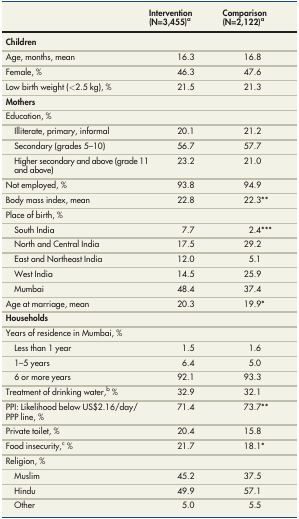
<table><thead><tr><td>[EMPTY_CELL]</td><td><b>Intervention (N=3,455)<sup>a</sup></b></td><td><b>Comparison (N=2,122)<sup>a</sup></b></td></tr></thead><tbody><tr><td><b>Children</b></td><td>[EMPTY_CELL]</td><td>[EMPTY_CELL]</td></tr><tr><td>Age, months, mean</td><td>16.3</td><td>16.8</td></tr><tr><td>Female, %</td><td>46.3</td><td>47.6</td></tr><tr><td>Low birth weight (&lt;2.5 kg), %</td><td>21.5</td><td>21.3</td></tr><tr><td><b>Mothers</b></td><td>[EMPTY_CELL]</td><td>[EMPTY_CELL]</td></tr><tr><td>Education, %</td><td>[EMPTY_CELL]</td><td>[EMPTY_CELL]</td></tr><tr><td>Illiterate, primary, informal</td><td>20.1</td><td>21.2</td></tr><tr><td>Secondary (grades 5–10)</td><td>56.7</td><td>57.7</td></tr><tr><td>Higher secondary and above (grade 11and above)</td><td>23.2</td><td>21.0</td></tr><tr><td>Not employed, %</td><td>93.8</td><td>94.9</td></tr><tr><td>Body mass index, mean</td><td>22.8</td><td>22.3**</td></tr><tr><td>Place of birth, %</td><td>[EMPTY_CELL]</td><td>[EMPTY_CELL]</td></tr><tr><td>South India</td><td>7.7</td><td>2.4***</td></tr><tr><td>North and Central India</td><td>17.5</td><td>29.2</td></tr><tr><td>East and Northeast India</td><td>12.0</td><td>5.1</td></tr><tr><td>West India</td><td>14.5</td><td>25.9</td></tr><tr><td>Mumbai</td><td>48.4</td><td>37.4</td></tr><tr><td>Age at marriage, mean</td><td>20.3</td><td>19.9*</td></tr><tr><td><b>Households</b></td><td>[EMPTY_CELL]</td><td>[EMPTY_CELL]</td></tr><tr><td>Years of residence in Mumbai, %</td><td>[EMPTY_CELL]</td><td>[EMPTY_CELL]</td></tr><tr><td>Less than 1 year</td><td>1.5</td><td>1.6</td></tr><tr><td>1–5 years</td><td>6.4</td><td>5.0</td></tr><tr><td>6 or more years</td><td>92.1</td><td>93.3</td></tr><tr><td>Treatment of drinking water,<sup>b</sup> %</td><td>32.9</td><td>32.1</td></tr><tr><td>PPI: Likelihood below US$2.16/day/PPP line, %</td><td>71.4</td><td>73.7**</td></tr><tr><td>Private toilet, %</td><td>20.4</td><td>15.8</td></tr><tr><td>Food insecurity,<sup>c</sup> %</td><td>21.7</td><td>18.1*</td></tr><tr><td>Religion, %</td><td>[EMPTY_CELL]</td><td>[EMPTY_CELL]</td></tr><tr><td>Muslim</td><td>45.2</td><td>37.5</td></tr><tr><td>Hindu</td><td>49.9</td><td>57.1</td></tr><tr><td>Other</td><td>5.0</td><td>5.5</td></tr></tbody></table>